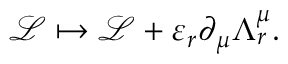
{ \mathcal { L } } \mapsto { \mathcal { L } } + \varepsilon _ { r } \partial _ { \mu } \Lambda _ { r } ^ { \mu } .